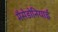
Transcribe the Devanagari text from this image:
मैसेडोनियाई